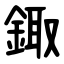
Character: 鋷